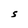
Character: S